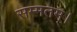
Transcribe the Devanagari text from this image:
सम्मतम्।